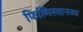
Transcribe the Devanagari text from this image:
फिल्मिस्तानच्या